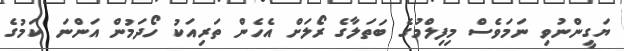
ޔަގީންނުވި ނަމަވެސް މިފިލްމުގެ ބަތަލާގެ ރޯލަށް އެހެން ތަރިއަކު ހޯދަމުން އަންނަ ކަމުގެ